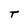
Character: t